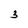
Character: 3